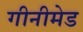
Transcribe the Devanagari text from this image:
गीनीमेड